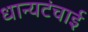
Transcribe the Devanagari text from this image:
धान्यटंचाई